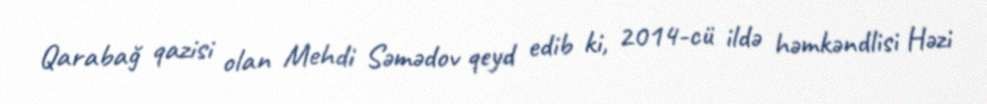
Qarabağ qazisi olan Mehdi Səmədov qeyd edib ki, 2014-cü ildə həmkəndlisi Həzi